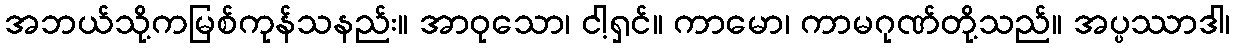
အဘယ်သို့ကမြစ်ကုန်သနည်း။ အာဝုသော၊ ငါ့ရှင်။ ကာမော၊ ကာမဂုဏ်တို့သည်။ အပ္ပဿာဒါ၊